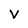
Character: v